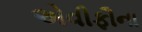
એવીફૌના